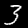
Digit: 3